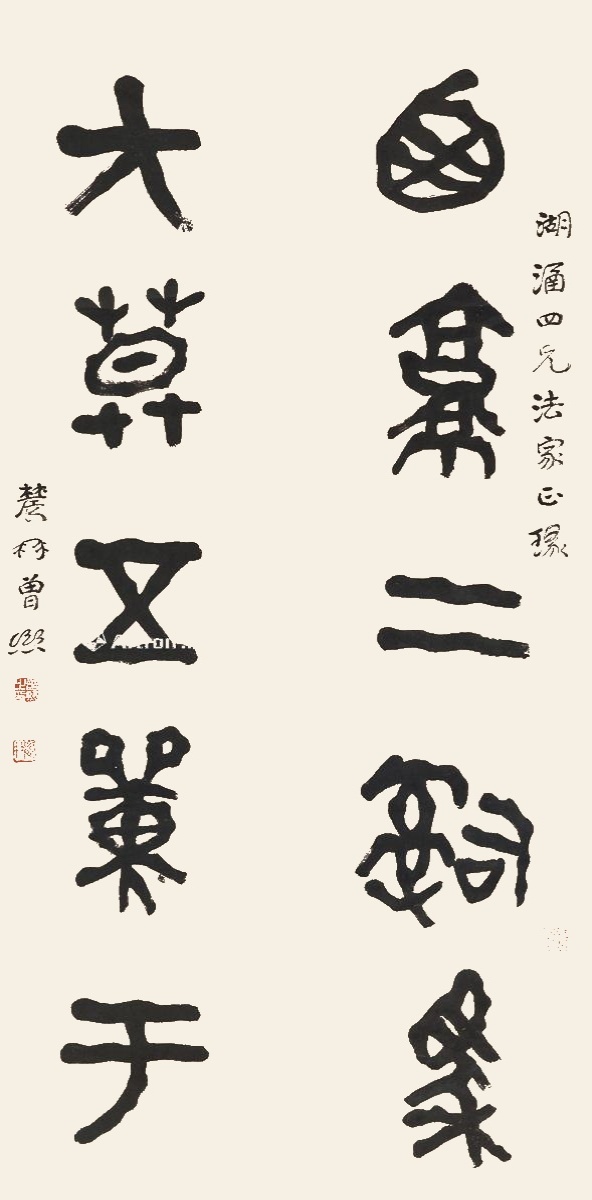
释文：西京二司马，大漠五单于。湖涵四兄法家正篆，农髯曾熙。